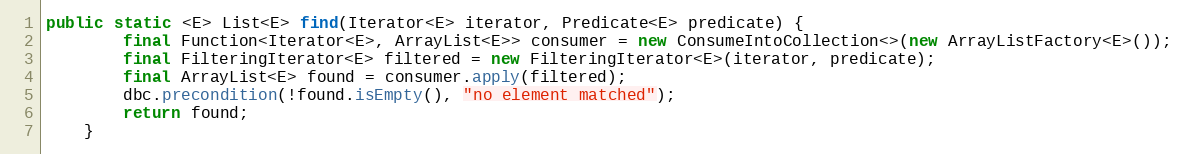
Language: Java
public static <E> List<E> find(Iterator<E> iterator, Predicate<E> predicate) {
        final Function<Iterator<E>, ArrayList<E>> consumer = new ConsumeIntoCollection<>(new ArrayListFactory<E>());
        final FilteringIterator<E> filtered = new FilteringIterator<E>(iterator, predicate);
        final ArrayList<E> found = consumer.apply(filtered);
        dbc.precondition(!found.isEmpty(), "no element matched");
        return found;
    }